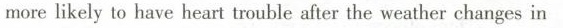
more likely to have heart trouble after the weather changes in